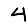
Digit: 4